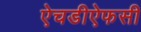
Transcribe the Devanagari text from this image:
ऐचडीऐफसी